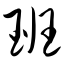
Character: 班